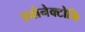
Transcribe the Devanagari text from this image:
स्प्लेनेक्टोमि